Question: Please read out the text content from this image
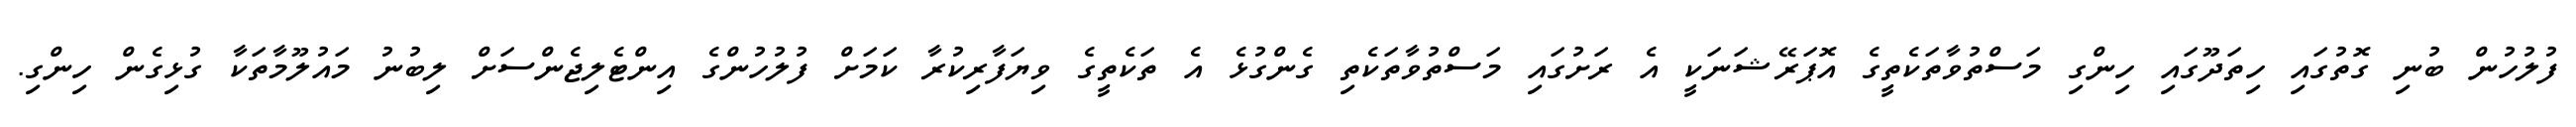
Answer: ފުލުހުން ބުނި ގޮތުގައި ހިތަދޫގައި ހިންގި މަސްތުވާތަކެތީގެ އޮޕަރޭޝަނަކީ އެ ރަށުގައި މަސްތުވާތަކެތި ގެންގުޅެ އެ ތަކެތީގެ ވިޔަފާރިކުރާ ކަމަށް ފުލުހުންގެ އިންޓެލިޖެންސަށް ލިބުނު މައުލޫމާތަކާ ގުޅިގެން ހިންގި.